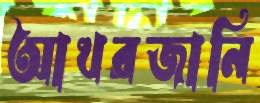
আখরজানি